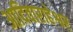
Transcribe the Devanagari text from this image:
आदिवाराहेश्वर